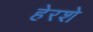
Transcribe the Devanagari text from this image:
हेरशे